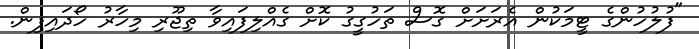
"ފުލުހުންގެ ޓީމަކުން އެރަށަށް ގޮސް ތަހުގީގު ކޮށް ގެއްލިފައިވާ ތިޖޫރި މިހާރު ހޯދައިފިން.